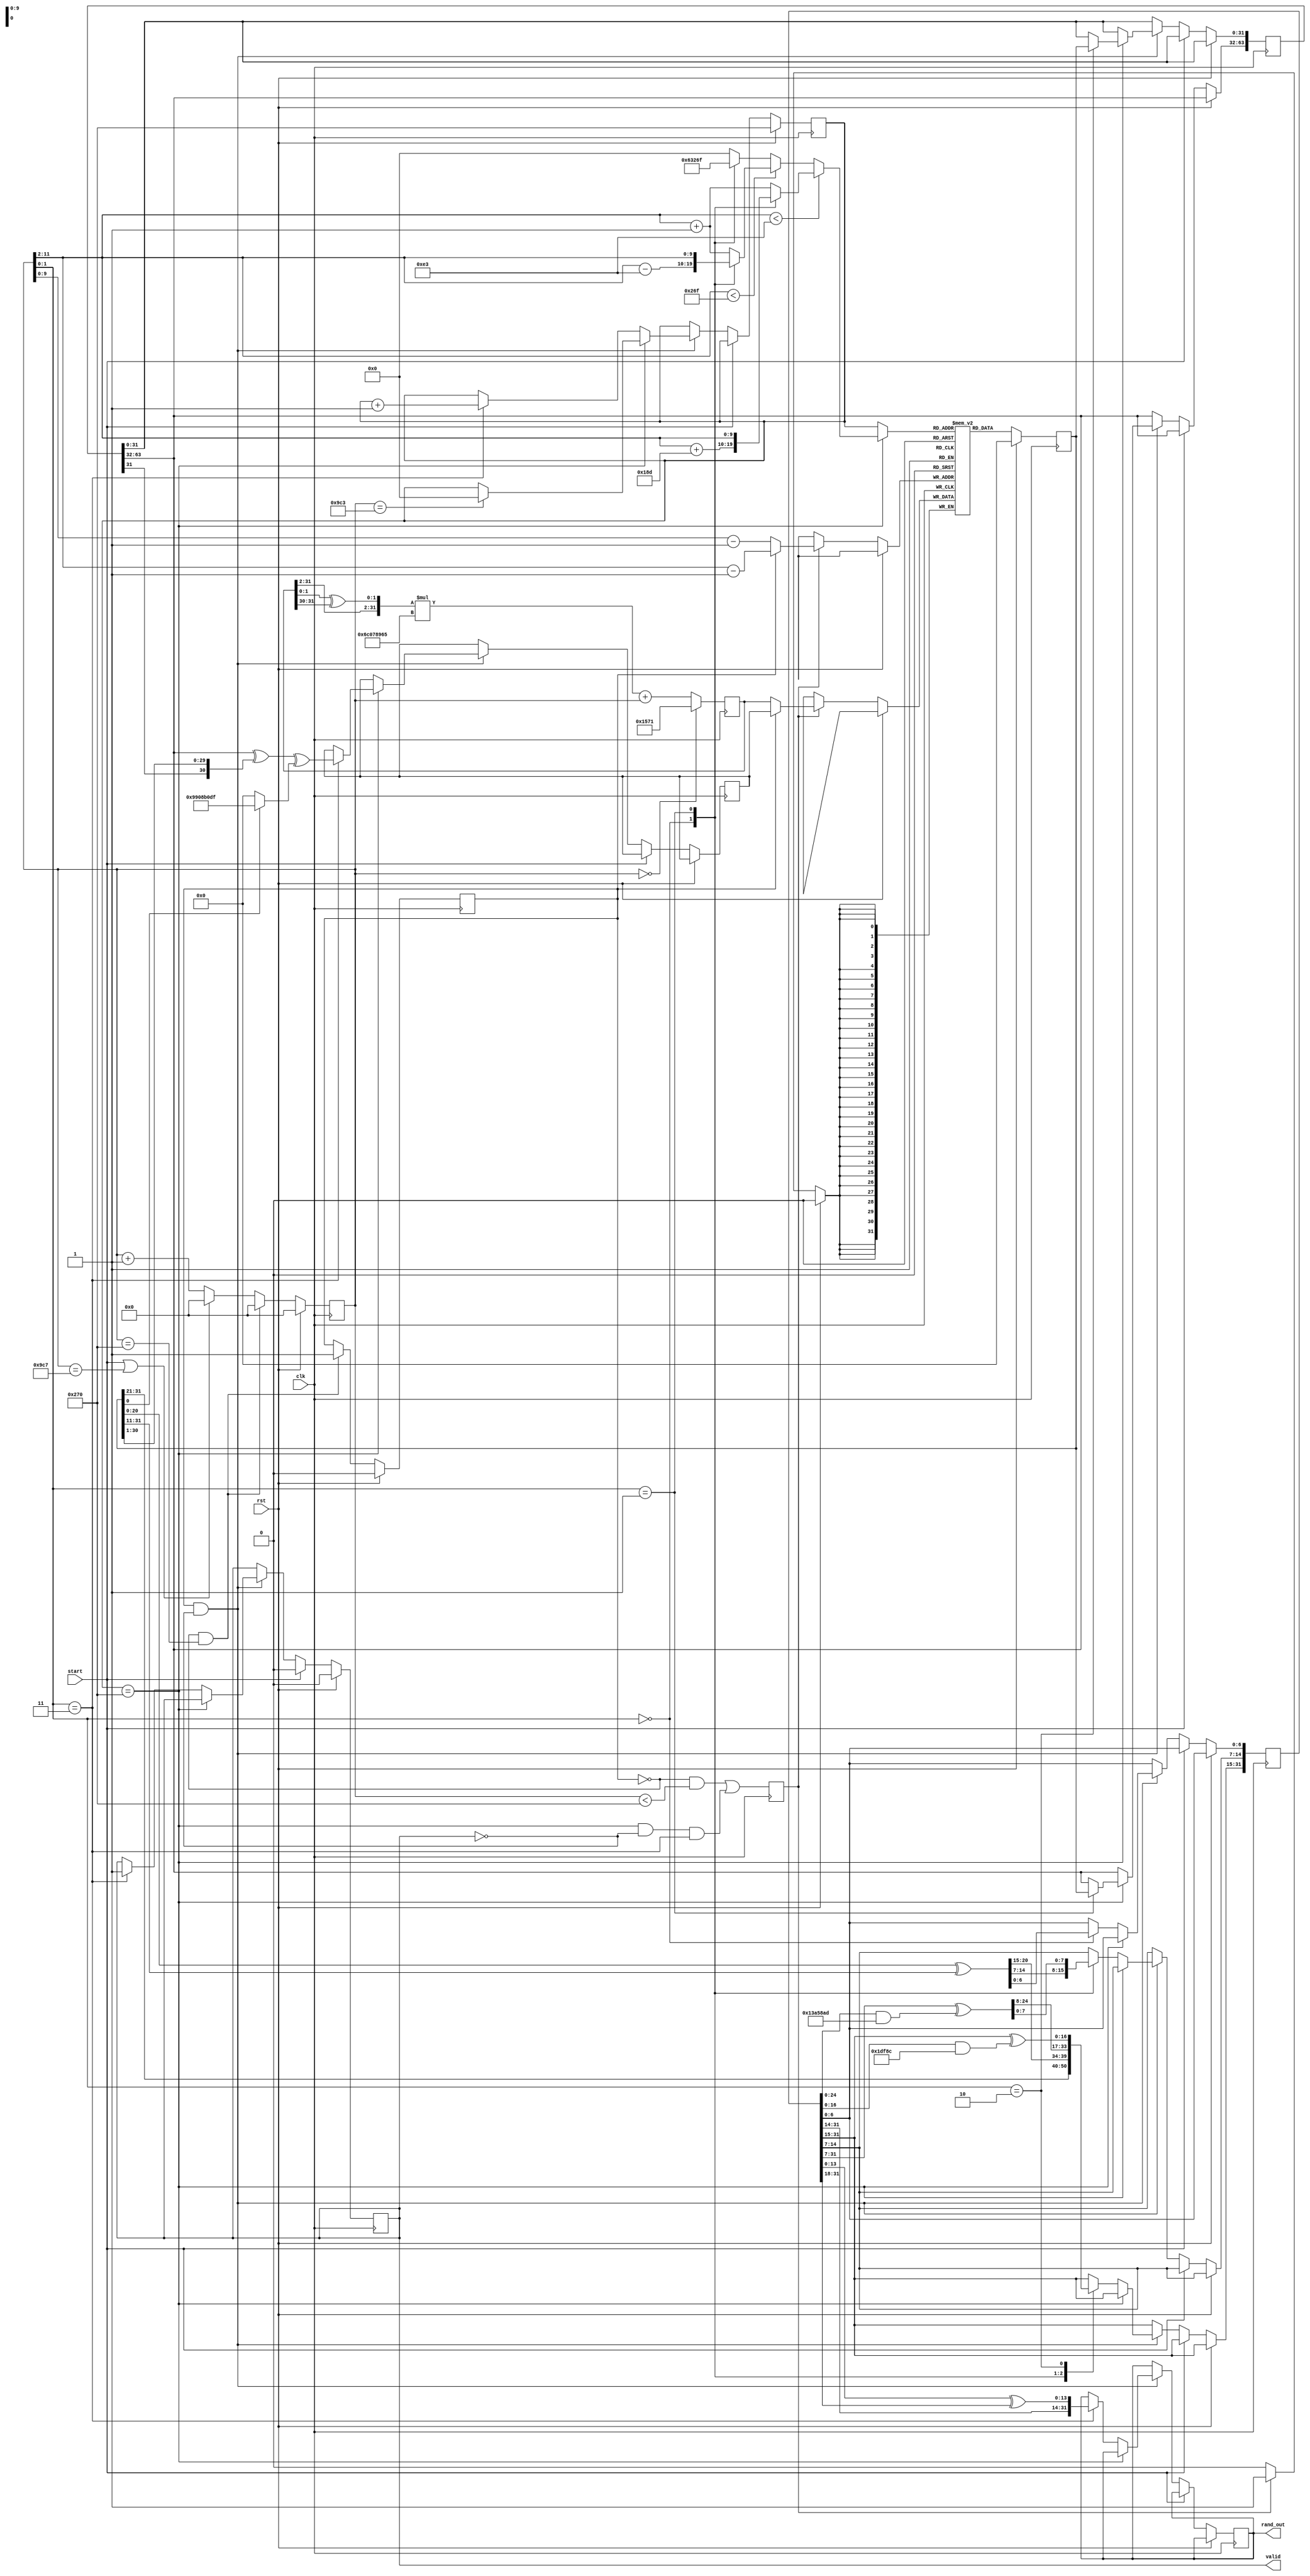
`timescale 1ns / 1ps

module rng #(
	parameter SEED=5489
)(
	input            clk,
	input            rst,
	input            start,
	output reg       valid,
	output reg[31:0] rand_out
);

	/* utemezes */
	reg[9:0] idx;
	reg init_done;
	reg[11:0] cntr;
	always@(posedge clk)
		if(rst)
		begin
			init_done<=0;
			cntr<=0;
		end
		else if((~init_done)&(cntr==624))
		begin
			init_done<=1;
			cntr<=0;
		end
		else if(start|(cntr==2503))
			cntr<=0;
		else
			cntr<=cntr+1;

	/* blokk RAM a 624 allapotregiszternek */
	(* RAM_EXTRACT="yes", RAM_STYLE="block" *)reg[31:0] mt[0:623];
	reg[9:0] rd_addr;
	reg[31:0] rd_data;
	wire[9:0] wr_addr;
	wire[31:0] wr_data;
	reg wr_en;
	always@(posedge clk)
		if(rst)
			rd_data<=0;
		else
		begin
			if(wr_en) mt[wr_addr]<=wr_data;
			rd_data<=mt[rd_addr];
		end

	/* irasi jelek meghajtasa */
	reg[31:0] wr_data_init, wr_data_gen;
	assign wr_addr=init_done?(cntr[11:2]-1):(cntr-1);
	always@(posedge clk)
		wr_en<=((~init_done)&(cntr<624))|((idx==624)&(~valid)&(cntr[1:0]==2'b11));
	always@(posedge clk) 
		wr_data_init<=(cntr==0)?SEED:({wr_data_init[31:2],wr_data_init[1:0]^wr_data_init[31:30]}*32'h6C078965+cntr);
	assign wr_data=init_done?wr_data_gen:wr_data_init;

	/* olvasasi jelek meghajtasa */
	always@(*)
		if(idx==624)
			if(cntr[11:2]<227)
				case(cntr[1:0])
					0:       rd_addr<=cntr[11:2]+397;
					1:       rd_addr<=cntr[11:2];
					default: rd_addr<=cntr[11:2]+1;
				endcase
			else if(cntr[11:2]<623)
				case(cntr[1:0])
					0:       rd_addr<=cntr[11:2]-227;
					1:       rd_addr<=cntr[11:2];
					default: rd_addr<=cntr[11:2]+1;
				endcase
			else
				case(cntr[1:0])
					0:       rd_addr<=396;
					1:       rd_addr<=623;
					default: rd_addr<=0;
				endcase
		else
			rd_addr<=idx;

	/* generalas */
	reg[63:0] temp;
	reg[31:0] x;
	always@(posedge clk)
		if(rst)
		begin
			idx<=624;
			valid<=0;
		end
		else if(start)
			valid<=0;
		else if(init_done & ~valid)
			if(idx==624)
			begin
				case(cntr[1:0])
					1: temp[63:32]<=rd_data;
					2: temp[31:0]<=rd_data;
					3: wr_data_gen<=temp[63:32]^{1'b0,temp[31],rd_data[30:1]}^(rd_data[0]?32'h9908B0DF:0);
				endcase
				if(cntr==2499) idx<=0;
			end
			else
				case(cntr[1:0])
					0: x<={rd_data[31:21],rd_data[20:0]^rd_data[31:11]};
					1: x[31:7]<=x[31:7]^(x[24:0]&25'h13A58AD);
					2: x[31:15]<=x[31:15]^(x[16:0]&17'h1DF8C);
					3: begin rand_out<={x[31:14],x[13:0]^x[31:18]}; idx<=idx+1; valid<=1; end
				endcase

	/* segedfuggveny szimulaciohoz */
	task print_mt;
		integer i;
		for(i=0;i<624;i=i+1) $display("%d",mt[i]);
	endtask

endmodule